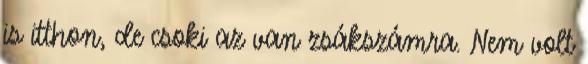
is itthon, de csoki az van zsákszámra. Nem volt